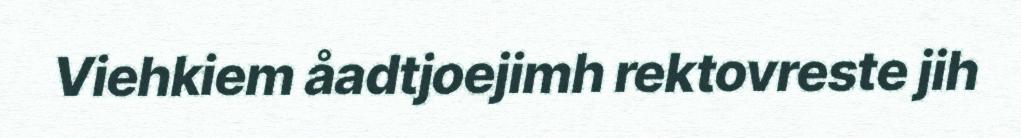
Viehkiem åadtjoejimh rektovreste jih